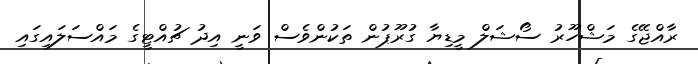
ރާއްޖޭގެ މަޝްހޫރު ސޯޝަލް މީޑިޔާ ގުރޫޕުން ތަކުންވެސް ވަނީ އިދު ޗުއްޓީގެ މައްސަލައިގައި